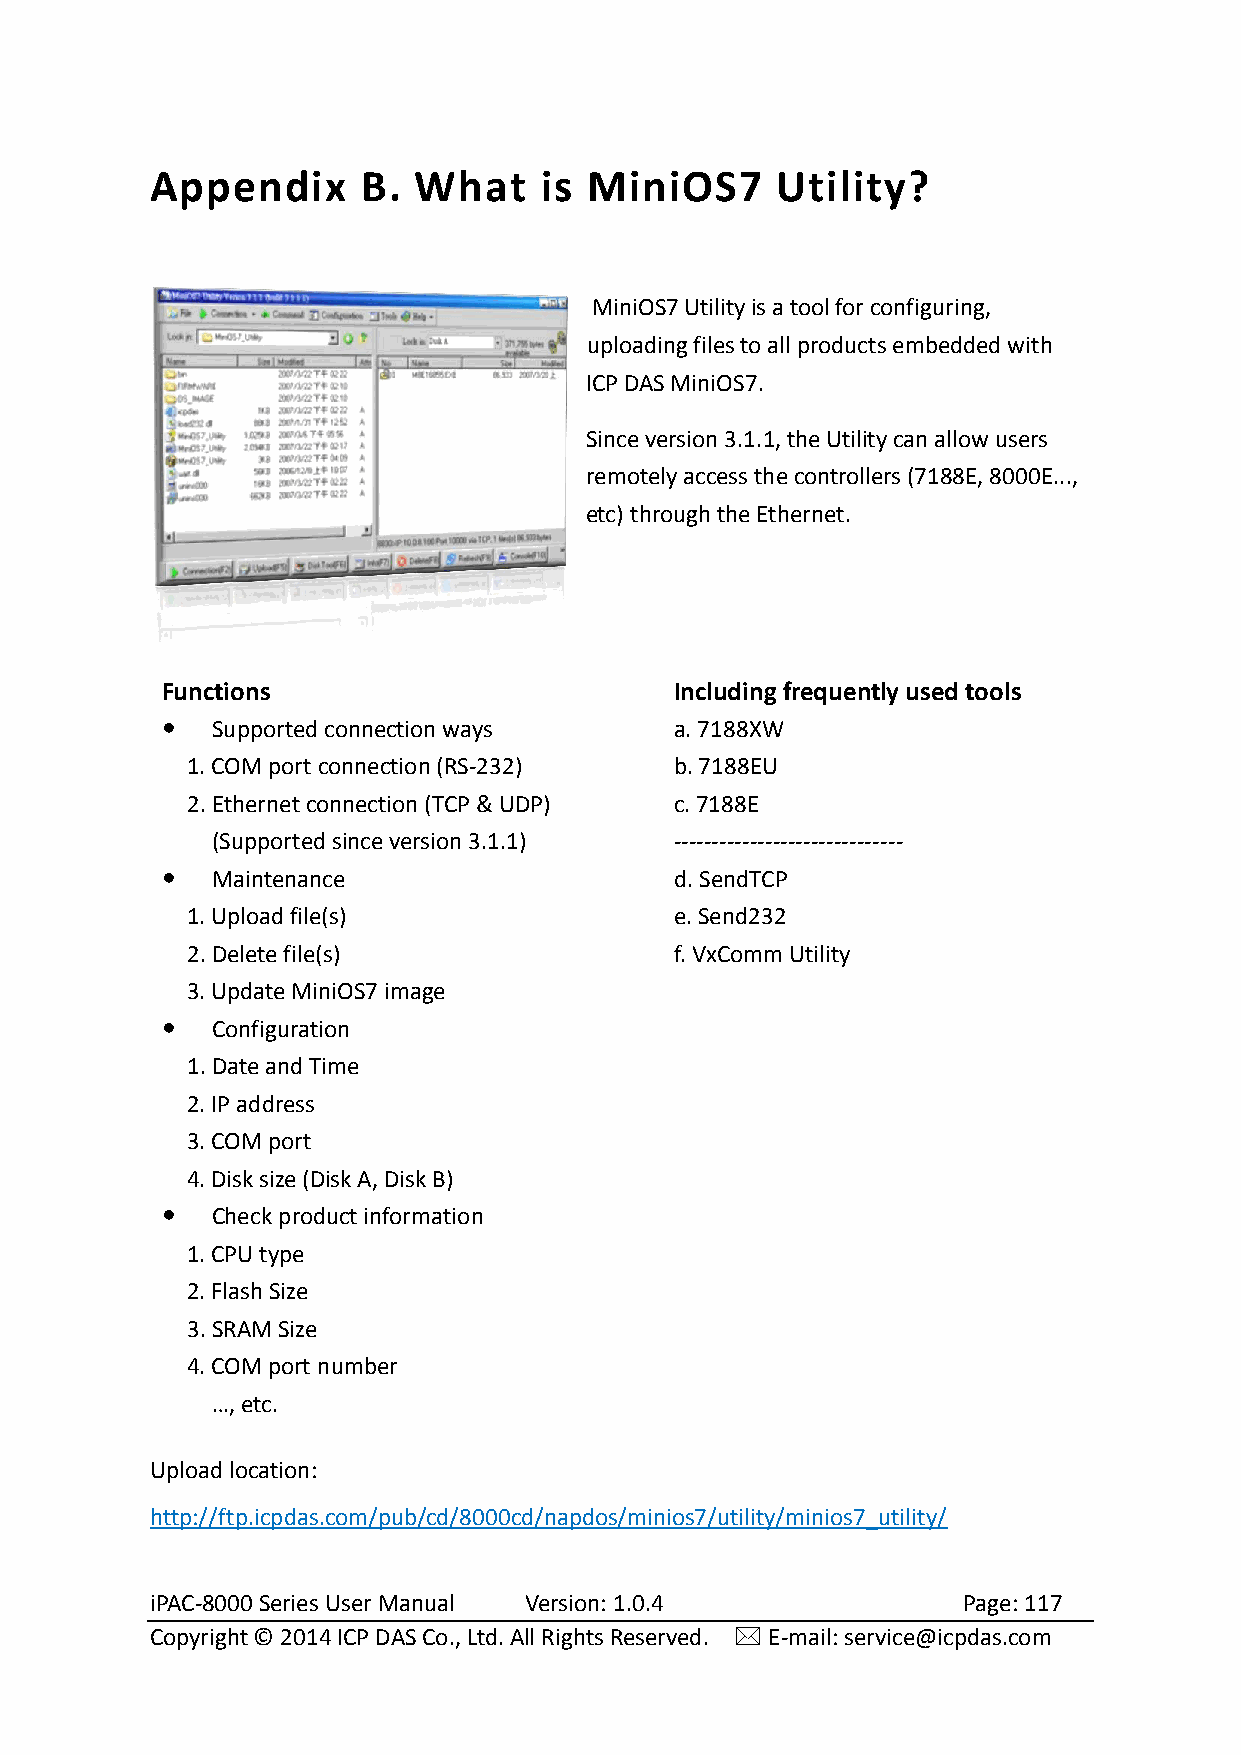
Appendix      B. What     is MiniOS7     Utility?
 MiniOS7 Utility is a tool for configuring,
 uploading files to all products embedded with
 ICP DAS MiniOS7.
 Since version 3.1.1, the Utility can allow users
 remotely access the controllers (7188E, 8000E...,
 etc) through the Ethernet.
 Functions                         Including frequently used tools
   Supported connection ways      a. 7188XW
 1. COM port connection (RS-232)  b. 7188EU
 2. Ethernet connection (TCP & UDP) c. 7188E
 (Supported since version 3.1.1) ------------------------------
   Maintenance                    d. SendTCP
 1. Upload file(s)                e. Send232
 2. Delete file(s)                f. VxComm Utility
 3. Update MiniOS7 image
   Configuration
 1. Date and Time
 2. IP address
 3. COM port
 4. Disk size (Disk A, Disk B)
   Check product information
 1. CPU type
 2. Flash Size
 3. SRAM Size
 4. COM port number
 …, etc.
 Upload location:
 http://ftp.icpdas.com/pub/cd/8000cd/napdos/minios7/utility/minios7_utility/
 iPAC-8000 Series User Manual Version: 1.0.4           Page: 117
 Copyright © 2014 ICP DAS Co., Ltd. All Rights Reserved.  E-mail: service@icpdas.com